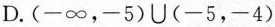
D. (-∞，-5)U(-5，-4)